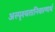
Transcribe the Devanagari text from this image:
अस्पृश्यतानिवारणार्थ